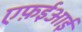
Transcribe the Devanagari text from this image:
एफ़ईआई